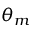
\theta _ { m }